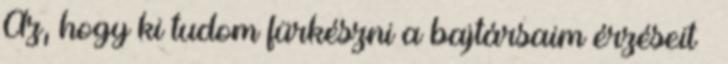
Az, hogy ki tudom fürkészni a bajtársaim érzéseit –